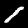
Label: 1